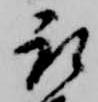
取